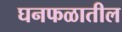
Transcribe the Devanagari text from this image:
घनफळातील